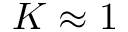
K \approx 1